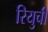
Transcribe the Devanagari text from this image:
रियुची